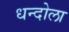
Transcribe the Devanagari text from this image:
धन्दोला